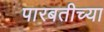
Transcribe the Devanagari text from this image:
पारबतीच्या